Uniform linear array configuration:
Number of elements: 64
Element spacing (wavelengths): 1
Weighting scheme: exponential
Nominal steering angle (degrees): -45
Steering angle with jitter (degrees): -44.147
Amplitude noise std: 0.05
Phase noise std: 0.05

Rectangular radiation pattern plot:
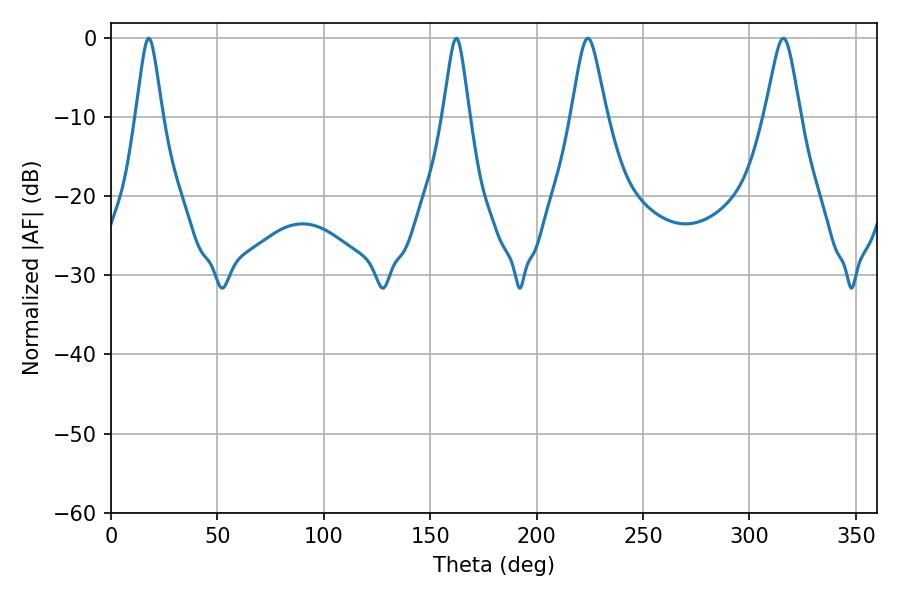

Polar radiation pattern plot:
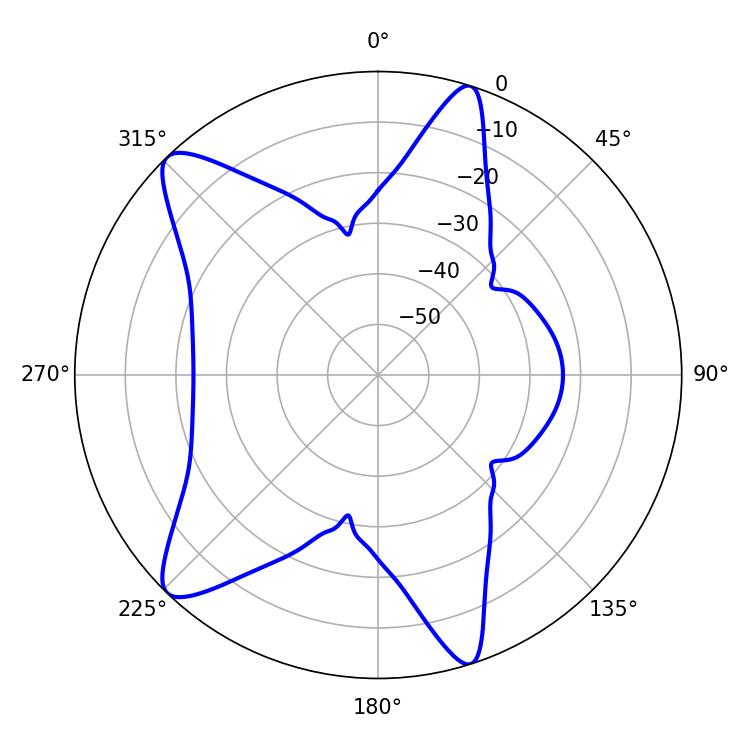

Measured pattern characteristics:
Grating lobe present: TRUE
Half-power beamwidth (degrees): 7.92
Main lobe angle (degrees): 224.1